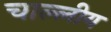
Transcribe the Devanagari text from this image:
चाल्लीय